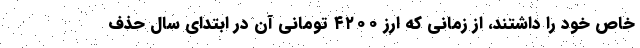
خاص خود را داشتند، از زمانی که ارز ۴۲۰۰ تومانی آن در ابتدای سال حذف